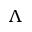
\Lambda